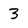
Character: 3